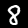
Label: 8